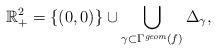
LaTeX: \begin{align*}\mathbb{R}_+^2=\{(0,0)\} \cup \bigcup\limits_{\gamma \subset \Gamma^{\textit{geom}}(f)} \Delta_{\gamma},\end{align*}